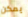
يمكن